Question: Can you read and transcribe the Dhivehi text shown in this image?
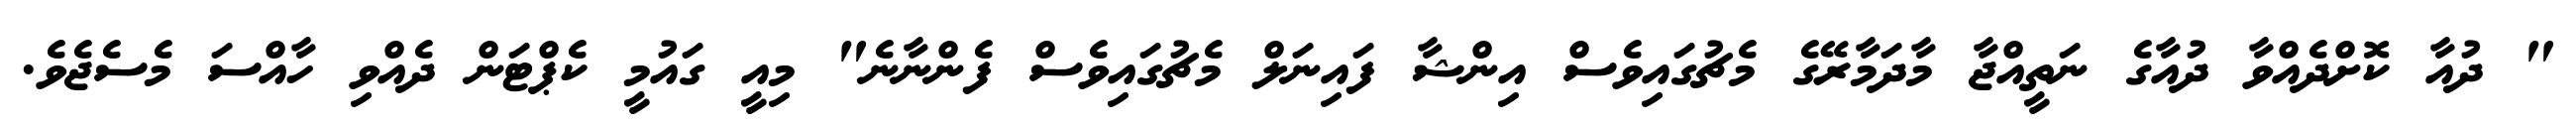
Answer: " ދުއާ ކޮށްދެއްވާ ދުއާގެ ނަތީއްޖާ މާދަމާރޭގެ މެޗުގައިވެސް އިންޝާ ފައިނަލް މެޗުގައިވެސް ފެންނާނެ" މިއީ ގައުމީ ކެޕްޓަން ދެއްވި ހާއްސަ މެސެޖެވެ.